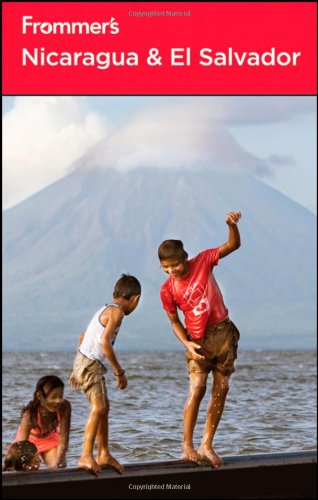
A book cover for Frommer's Nicaragua and El Salvador (Frommer's Complete Guides); Charlie O'Malley; Travel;